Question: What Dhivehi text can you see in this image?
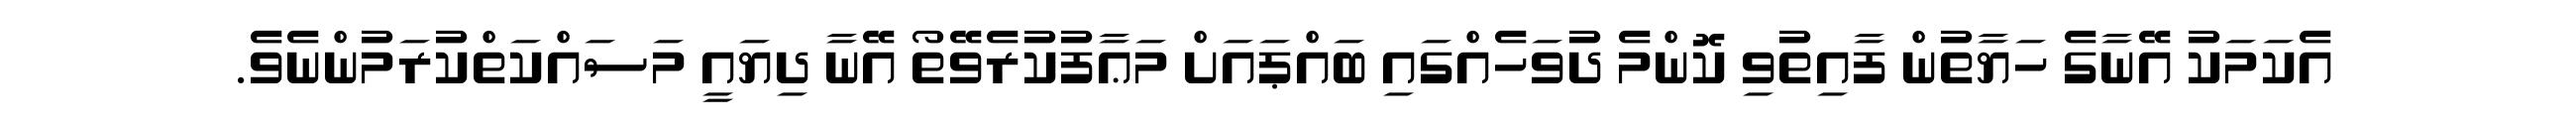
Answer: އެކަމަކު އޭނާގެ ހަޔާތުން ފާއިތުވި ކޮންމެ ދުވަހެއްގައި ބައްޕައަށް މަޢާފުކުރެވޭތޯ އޭނާ ދިޔައީ މަސައްކަތްކުރަމުންނެވެ.